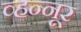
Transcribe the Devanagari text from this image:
व्हन्नूर